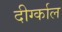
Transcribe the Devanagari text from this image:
दीर्ग्काल